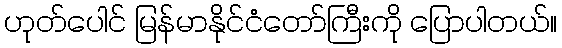
ဟုတ်ပေါင် မြန်မာနိုင်ငံတော်ကြီးကို ပြောပါတယ်။